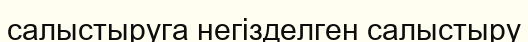
салыстыруга негізделген салыстыру